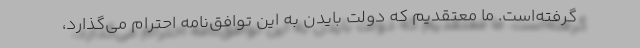
گرفته‌است. ما معتقدیم که دولت بایدن به این توافق‌نامه احترام می‌گذارد،